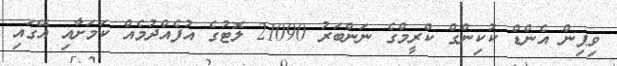
ވިޕިން އެންޑް ކުކިންގް ކްރީމްގެ ނަންބަރު 21090 ލޮޓުގެ އުފެއްދުމެއް ކަމަށާއި އޭގައި